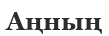
Аңның